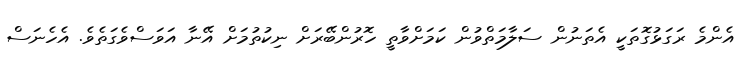
އެންމެ ރަގަޅުގޮތަކީ އެތަނުން ސަލާމަތްވުން ކަމަށްވާތީ ހޮރުންބޭރަށް ނިކުތުމަށް އޭނާ އަވަސްވެގަތެވެ. އެހެނަސް